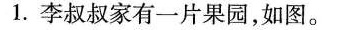
1. 李叔叔家有一片果园，如图。